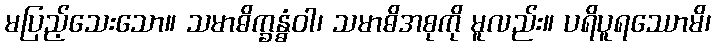
မပြည့်သေးသော။ သမာဓိက္ခန္ဓံဝါ၊ သမာဓိအစုကို မူလည်း။ ပရိပူရဿောမိ၊